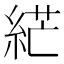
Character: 𦀴